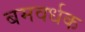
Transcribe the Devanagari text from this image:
बमवर्धक